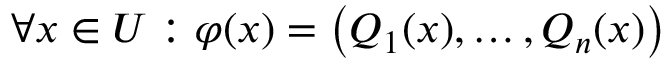
\forall x \in U : \varphi ( x ) = \big ( Q _ { 1 } ( x ) , \dots , Q _ { n } ( x ) \big )